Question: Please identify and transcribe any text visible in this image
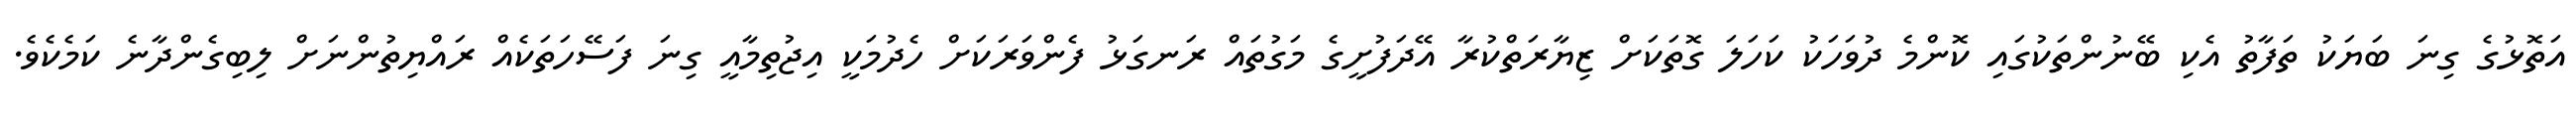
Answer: އަތޮޅުގެ ގިނަ ބަޔަކު ތަފާތު އެކި ބޭނުންތަކުގައި ކޮންމެ ދުވަހަކު ކަހަލަ ގޮތަކަށް ޒިޔާރަތްކުރާ އޭދަފުށީގެ މަގުތައް ރަނގަޅު ފެންވަރަކަށް ހެދުމަކީ އިޖުތިމާއީ ގިނަ ފަސޭހަތަކެއް ރައްޔިތުންނަށް ލިބިގެންދާނެ ކަމެކެވެ.